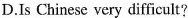
D.Is Chinese very difficult?